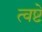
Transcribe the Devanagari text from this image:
त्वष्टे